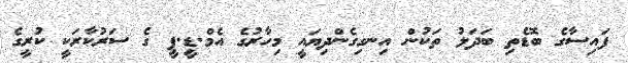
ފައިސާގެ ބޮޑެތި ބަދަލު ތަކުން އިނގިގެންދިޔައީ މިހާރުގެ އެމް.ޑީ.ޕީ ގެ ސަރުކާރަކީ ކުރީގެ